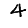
Digit: 4